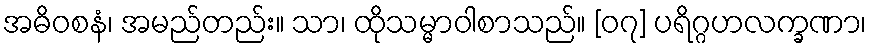
အဓိဝစနံ၊ အမည်တည်း။ သာ၊ ထိုသမ္မာဝါစာသည်။ [၀၇] ပရိဂ္ဂဟလက္ခဏာ၊